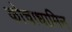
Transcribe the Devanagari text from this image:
कोचाधामिन